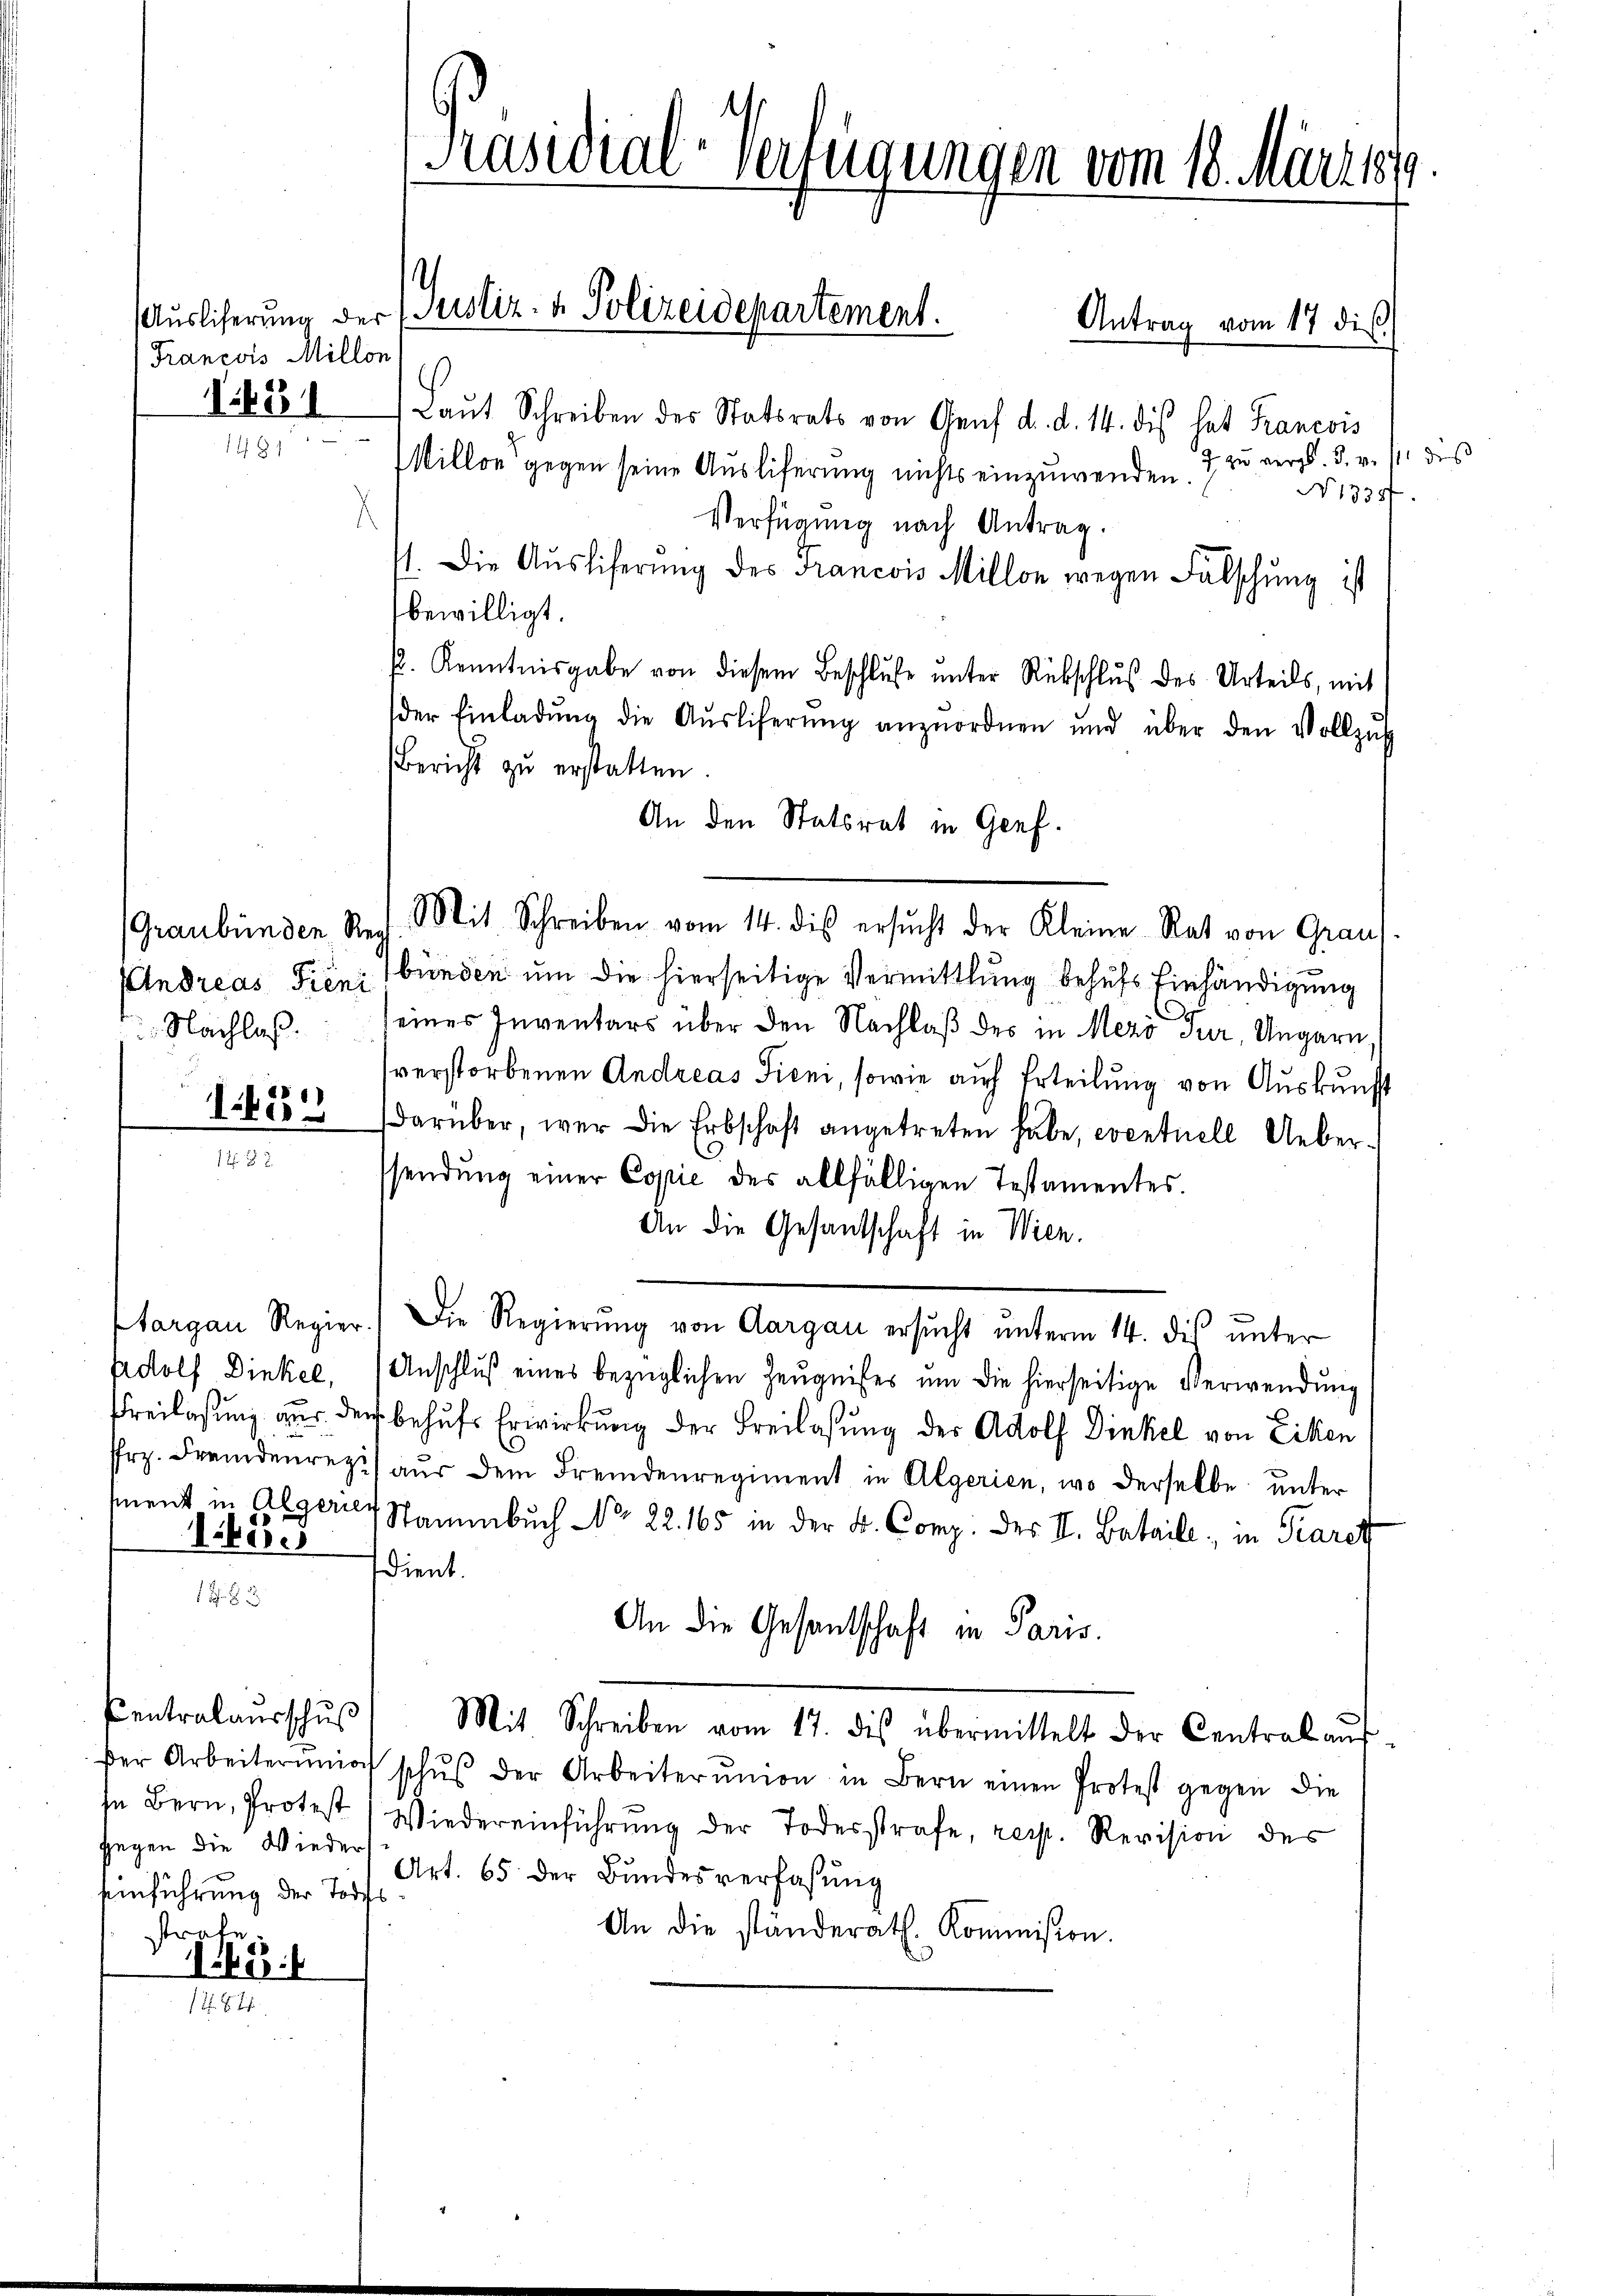
Francois Millon

Centralausschuß

1J S. 3

(Graubünden Reg
Andreas Fieni
 Nachlaß.

1823.

gegen die Wieders
Eeinführung der Todes
strate

145:

1831 Laŭt Schreiben des Statsrats von Genf d. d. 14. dis hat Francois
Millon gegen seine Ausliferung nichts einzuwenden. I zu vergl. 5. v. s. dies
No 1335.
Verfügung nach Antrag.
71. Die Auslieferung des Francois Millon wegen Falschung ist
bewilligt.
s. Kenntnisgabe von diesem Beschluße unter Rübschluß des Urteils, mit
der Einladŭng die Aŭsliferŭng anzuordnen und über den Vollzŭs
Bericht zu erstatten.
An den Statsrat in Genf.
Mit Schreiben vom 14. dis ersŭcht der Kleine Rat von Graus
bünden um die hierseitige Vermittlung behufs Einhändigung
seines Inventars über den Nachlaß des in Mezö sur, Ungarn,
verstorbenen Andreas Tieni, sowie auch Erteilung von Auskunft
1455. darüber, wer die Erbschaft angetreten habe, eventuell Ueber-
sendung einer Copie des allfälligen Testamentes.
An die Gesandschaft in Wien.
targau Regier. Die Regierŭng von Aargau ersŭcht ŭnterm 14. dis ŭnter
Adolf Dinkel, Anschlŭβ eines bezüglichen Zeŭgnisses um die hierseitige Verwendung
Freilasung aus der behufs Erwirkung der Freilassung der Adolf Dinkel von Liken
frz. Fremdenrezi aus dem Fremdenregiment in Algerien, wo derselbe unter
ment in Algeres Stammbuch No 22. 165 in der K. Comp. des II. Bataill; in Paret
dient.
An die Gesandschaft in Paris.
Mit Schreiben vom 17. dis übermittelt der Central aŭf-
der Arbeiternir schŭβ der Arbeiterŭnion in Bern einen Protest gegen die
sn Bern, Protest 1 Wiedereinführŭng der Todesstrafe, resp. Revision des
Art. 65 der Bundesverfaßung
An die ständerath. Kommission.

Präsidial-Verfügungen vom 18. März 1889

Auslieferung der Justiz- & Polizeidepartement.

Antrag vom 17 die